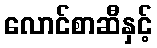
လောင်စာဆီနှင့်